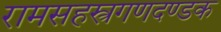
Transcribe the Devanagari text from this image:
रामसहस्त्रगणदण्डक